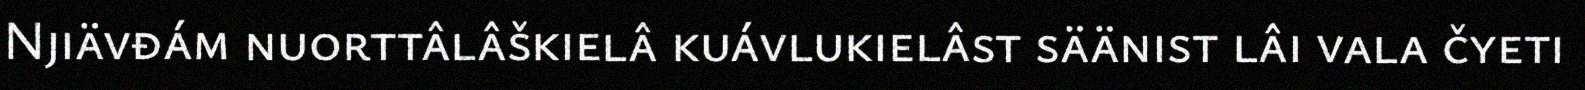
Njiävđám nuorttâlâškielâ kuávlukielâst säänist lâi vala čyeti